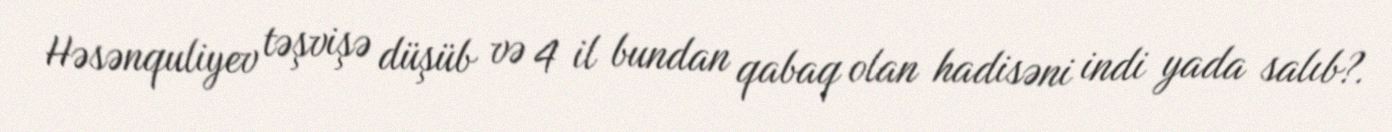
Həsənquliyev təşvişə düşüb və 4 il bundan qabaq olan hadisəni indi yada salıb?.